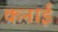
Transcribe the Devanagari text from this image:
कनाई